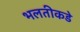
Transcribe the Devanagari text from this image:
भलतीकडे